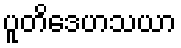
ပူတိဒေဟသယာ